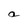
Character: a